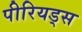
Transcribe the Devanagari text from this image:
पीरियड्स